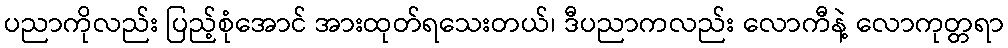
ပညာကိုလည်း ပြည့်စုံအောင် အားထုတ်ရသေးတယ်၊ ဒီပညာကလည်း လောကီနဲ့ လောကုတ္တရာ